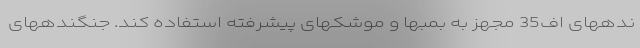
ندههای اف35 مجهز به بمبها و موشکهای پیشرفته استفاده کند. جنگندههای